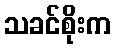
သခင်စိုးက